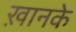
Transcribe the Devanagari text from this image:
ख़ानके